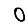
Digit: 0